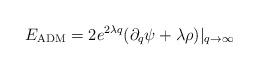
LaTeX: \begin{align*}E_{\rm ADM} = 2 e^{2 \lambda q} (\partial_q \psi + \lambda \rho )|_{q \to\infty}\end{align*}